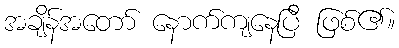
အချိန်အတော် နောက်ကျနေပြီ ဖြစ်၏။